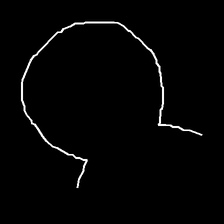
Glyph: weave